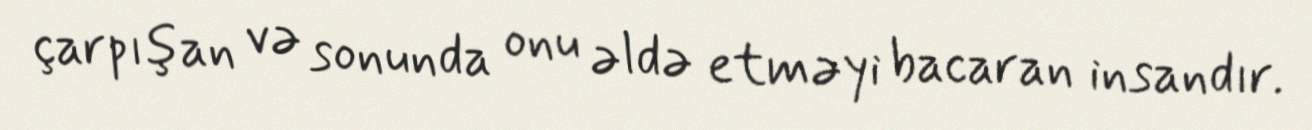
çarpışan və sonunda onu əldə etməyi bacaran insandır.